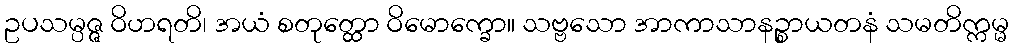
ဥပသမ္ပဇ္ဇ ဝိဟရတိ၊ အယံ စတုတ္ထော ဝိမောက္ခော။ သဗ္ဗသော အာကာသာနဉ္စာယတနံ သမတိက္ကမ္မ